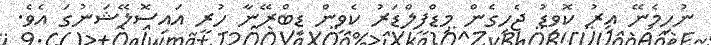
ނުހިމެނޭ އިރު ކޮވިޑު ޖެހިގެން މިޑްފީލްޑަރު ކެވިން ޑިބްރޭނާ ހުރީ އައިސޮލޭޝަނުގަ އެވެ.